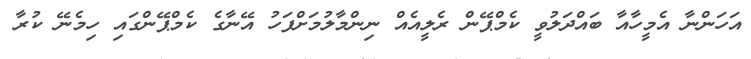
އަހަންނާ އެމީހާއާ ބައްދަލުވީ ކެމްޕޭން ރެލީއެއް ނިންމާލުމަށްފަހު އޭނާގެ ކެމްޕޭންގައި ހިމެނޭ ކުރާ